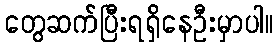
တွေဆက်ပြီးရရှိနေဦးမှာပါ။